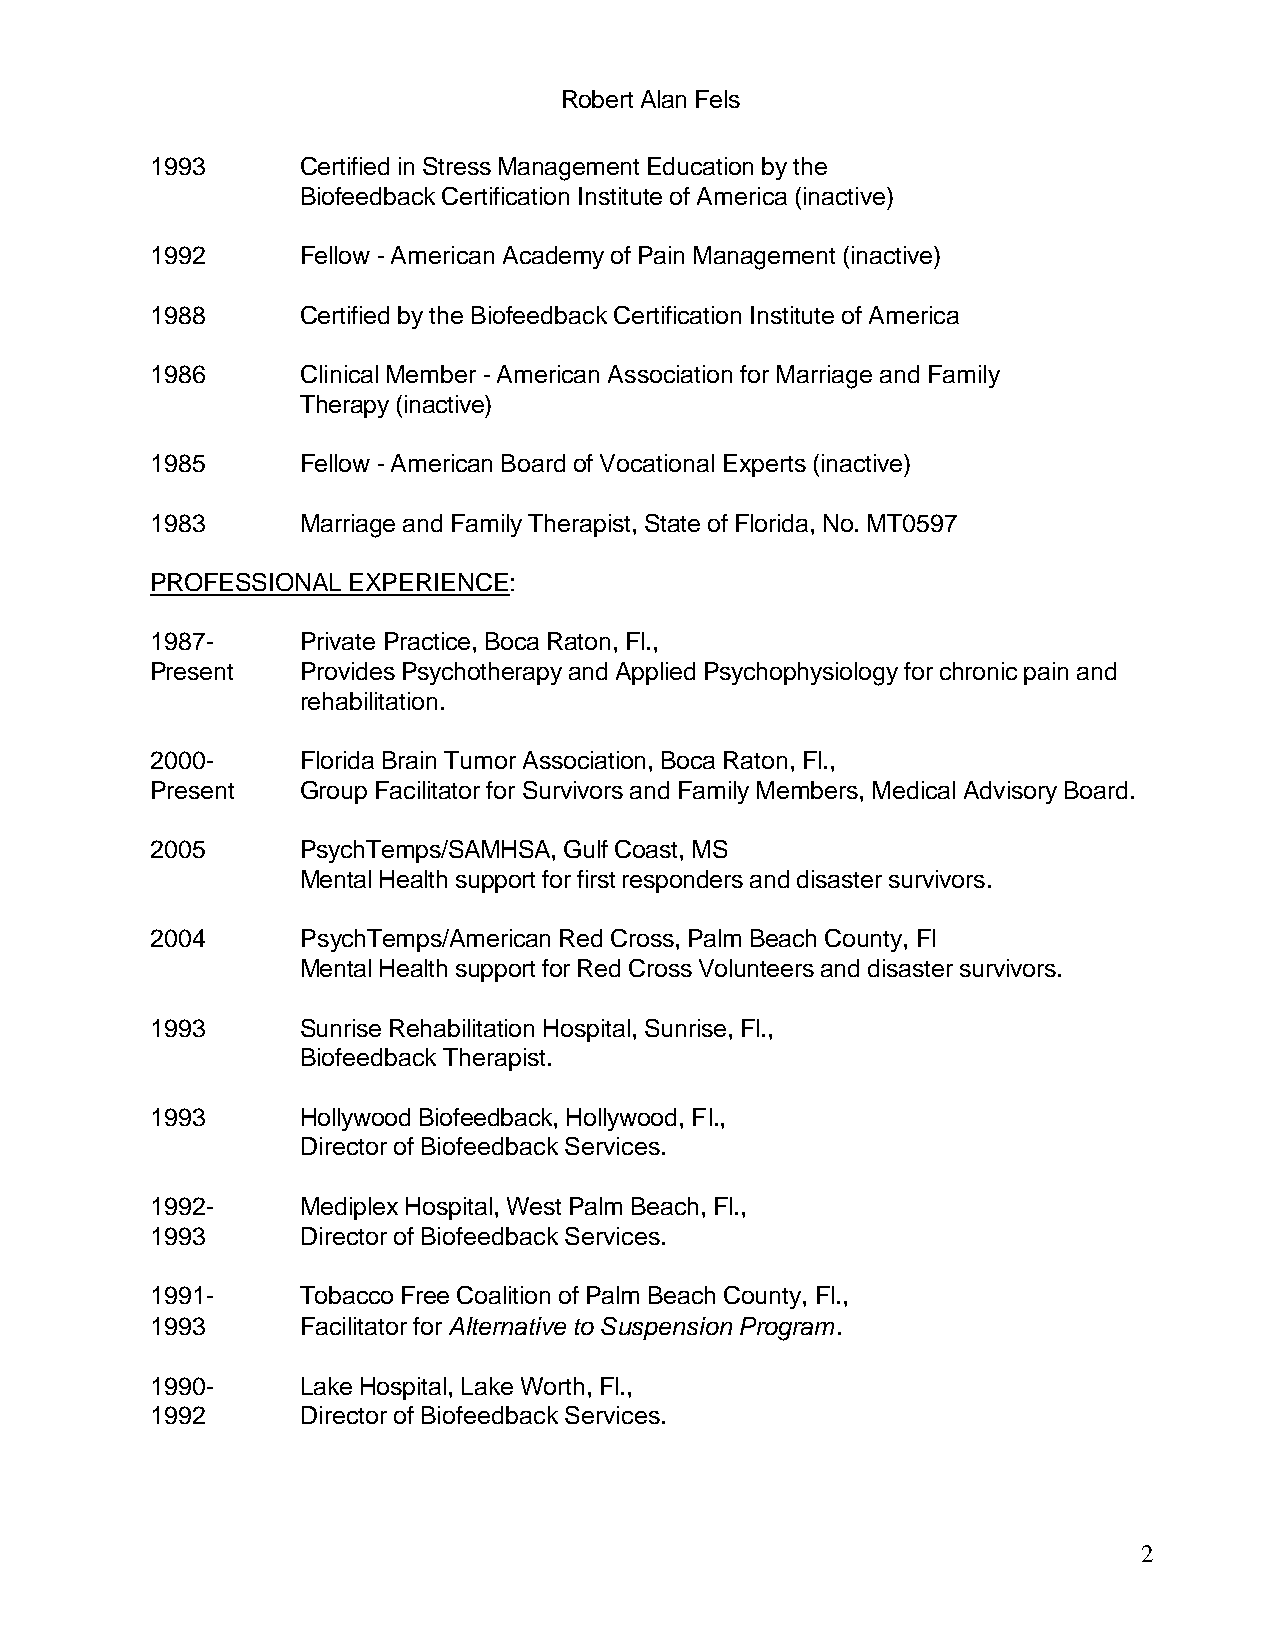
Robert Alan Fels
 1993      Certified in Stress Management Education by the
 Biofeedback Certification Institute of America (inactive)
 1992      Fellow - American Academy of Pain Management (inactive)
 1988      Certified by the Biofeedback Certification Institute of America
 1986      Clinical Member - American Association for Marriage and Family
 Therapy (inactive)
 1985      Fellow - American Board of Vocational Experts (inactive)
 1983      Marriage and Family Therapist, State of Florida, No. MT0597
 PROFESSIONAL EXPERIENCE:
 1987-     Private Practice, Boca Raton, Fl.,
 Present   Provides Psychotherapy and Applied Psychophysiology for chronic pain and
 rehabilitation.
 2000-     Florida Brain Tumor Association, Boca Raton, Fl.,
 Present   Group Facilitator for Survivors and Family Members, Medical Advisory Board.
 2005      PsychTemps/SAMHSA, Gulf Coast, MS
 Mental Health support for first responders and disaster survivors.
 2004      PsychTemps/American Red Cross, Palm Beach County, Fl
 Mental Health support for Red Cross Volunteers and disaster survivors.
 1993      Sunrise Rehabilitation Hospital, Sunrise, Fl.,
 Biofeedback Therapist.
 1993      Hollywood Biofeedback, Hollywood, Fl.,
 Director of Biofeedback Services.
 1992-     Mediplex Hospital, West Palm Beach, Fl.,
 1993      Director of Biofeedback Services.
 1991-     Tobacco Free Coalition of Palm Beach County, Fl.,
 1993      Facilitator for Alternative to Suspension Program.
 1990-     Lake Hospital, Lake Worth, Fl.,
 1992      Director of Biofeedback Services.
 2